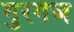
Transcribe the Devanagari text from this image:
गुरगंज